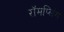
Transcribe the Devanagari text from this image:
रॉमप्लिंग